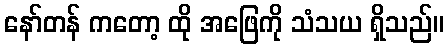
နော်တန် ကတော့ ထို အဖြေကို သံသယ ရှိသည်။